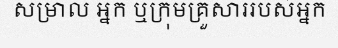
សម្រាល អ្នក ឬក្រុមគ្រួសាររបស់អ្នក